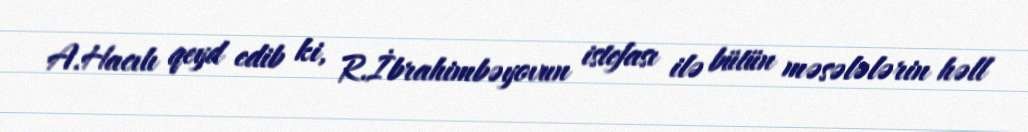
A.Hacılı qeyd edib ki, R.İbrahimbəyovun istefası ilə bütün məsələlərin həll